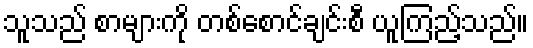
သူသည် စာများကို တစ်စောင်ချင်းစီ ယူကြည့်သည်။